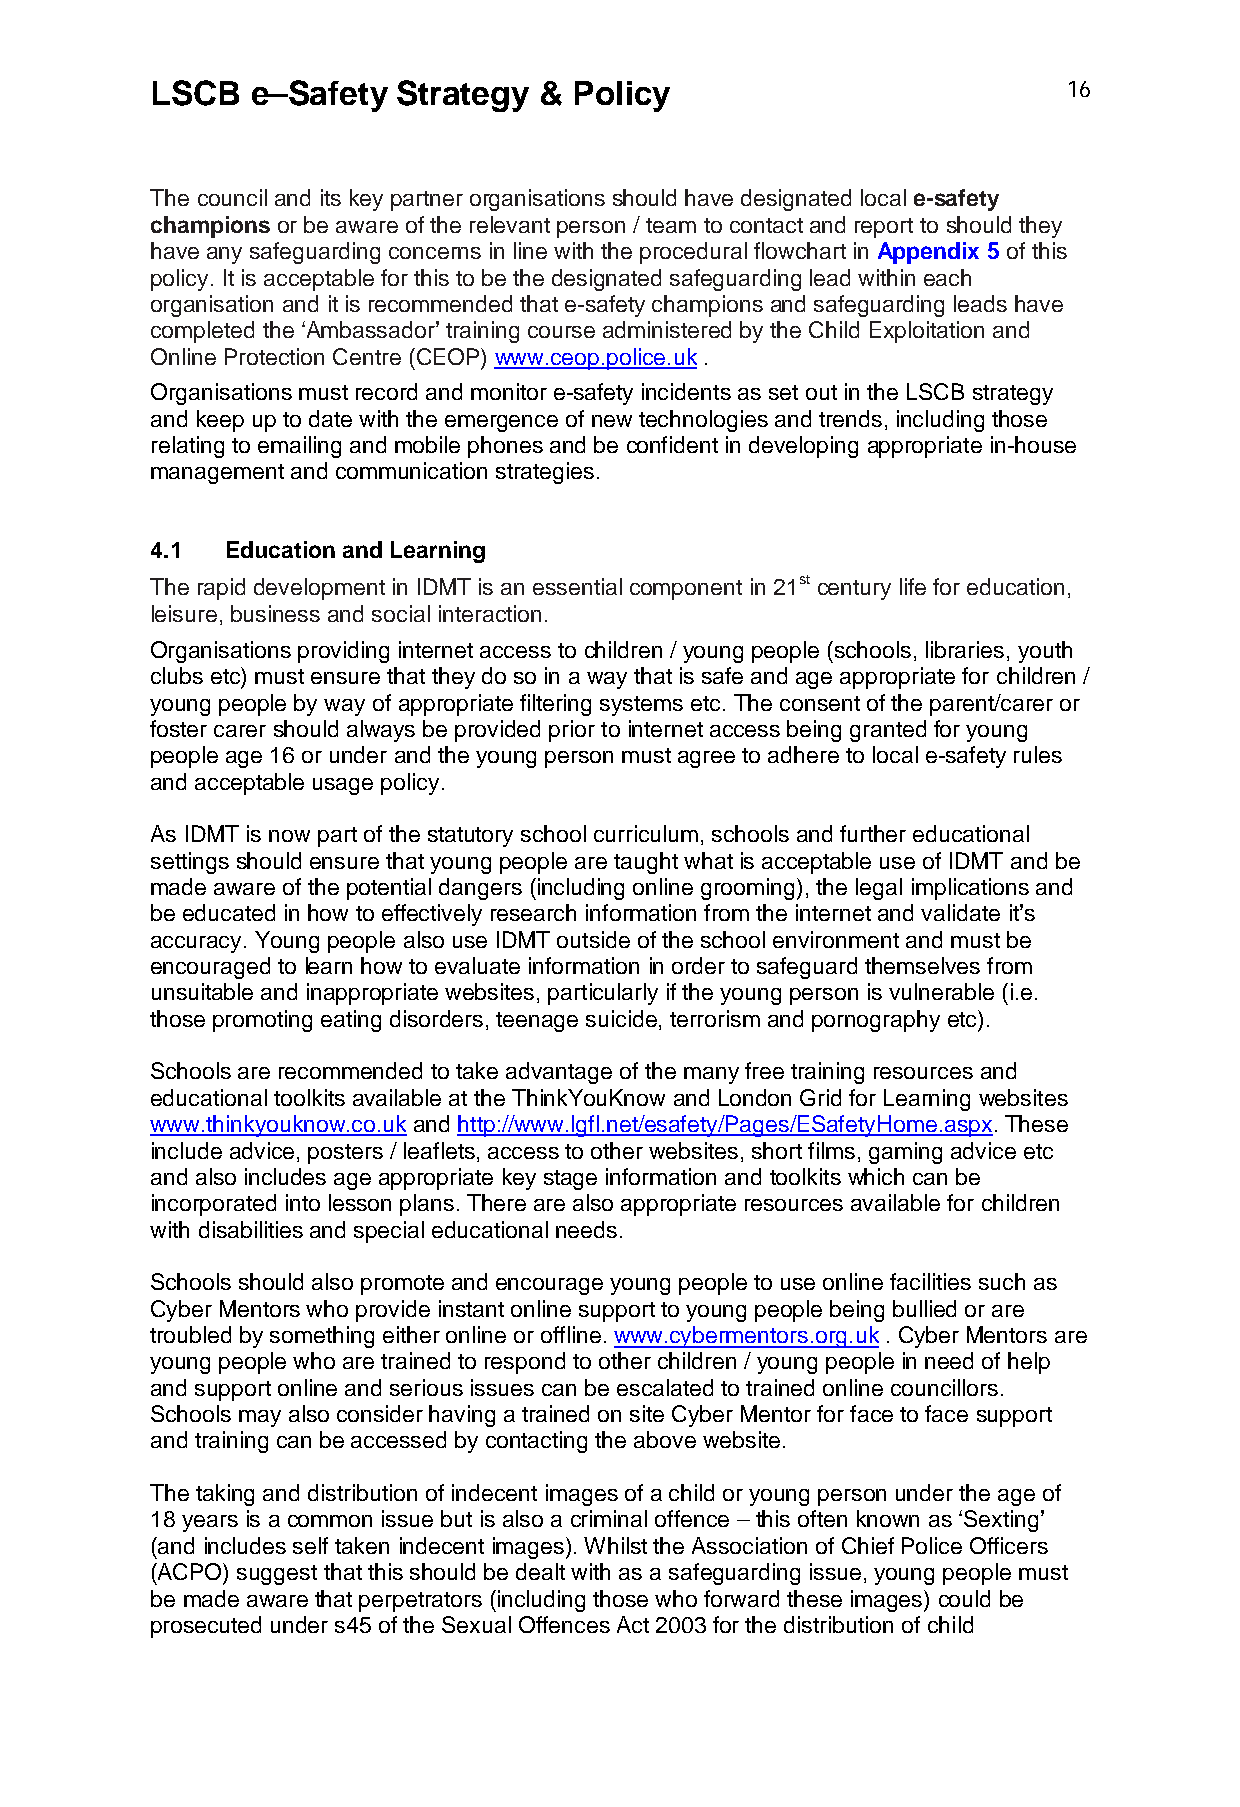
LSCB   e–Safety Strategy  & Policy                           16
 The council and its key partner organisations should have designated local e-safety
 champions or be aware of the relevant person / team to contact and report to should they
 have any safeguarding concerns in line with the procedural flowchart in Appendix 5 of this
 policy. It is acceptable for this to be the designated safeguarding lead within each
 organisation and it is recommended that e-safety champions and safeguarding leads have
 completed the ‘Ambassador’ training course administered by the Child Exploitation and
 Online Protection Centre (CEOP) www.ceop.police.uk .
 Organisations must record and monitor e-safety incidents as set out in the LSCB strategy
 and keep up to date with the emergence of new technologies and trends, including those
 relating to emailing and mobile phones and be confident in developing appropriate in-house
 management and communication strategies.
 4.1  Education and Learning
 The rapid development in IDMT is an essential component in 21st century life for education,
 leisure, business and social interaction.
 Organisations providing internet access to children / young people (schools, libraries, youth
 clubs etc) must ensure that they do so in a way that is safe and age appropriate for children /
 young people by way of appropriate filtering systems etc. The consent of the parent/carer or
 foster carer should always be provided prior to internet access being granted for young
 people age 16 or under and the young person must agree to adhere to local e-safety rules
 and acceptable usage policy.
 As IDMT is now part of the statutory school curriculum, schools and further educational
 settings should ensure that young people are taught what is acceptable use of IDMT and be
 made aware of the potential dangers (including online grooming), the legal implications and
 be educated in how to effectively research information from the internet and validate it’s
 accuracy. Young people also use IDMT outside of the school environment and must be
 encouraged to learn how to evaluate information in order to safeguard themselves from
 unsuitable and inappropriate websites, particularly if the young person is vulnerable (i.e.
 those promoting eating disorders, teenage suicide, terrorism and pornography etc).
 Schools are recommended to take advantage of the many free training resources and
 educational toolkits available at the ThinkYouKnow and London Grid for Learning websites
 www.thinkyouknow.co.uk and http://www.lgfl.net/esafety/Pages/ESafetyHome.aspx. These
 include advice, posters / leaflets, access to other websites, short films, gaming advice etc
 and also includes age appropriate key stage information and toolkits which can be
 incorporated into lesson plans. There are also appropriate resources available for children
 with disabilities and special educational needs.
 Schools should also promote and encourage young people to use online facilities such as
 Cyber Mentors who provide instant online support to young people being bullied or are
 troubled by something either online or offline. www.cybermentors.org.uk . Cyber Mentors are
 young people who are trained to respond to other children / young people in need of help
 and support online and serious issues can be escalated to trained online councillors.
 Schools may also consider having a trained on site Cyber Mentor for face to face support
 and training can be accessed by contacting the above website.
 The taking and distribution of indecent images of a child or young person under the age of
 18 years is a common issue but is also a criminal offence – this often known as ‘Sexting’
 (and includes self taken indecent images). Whilst the Association of Chief Police Officers
 (ACPO) suggest that this should be dealt with as a safeguarding issue, young people must
 be made aware that perpetrators (including those who forward these images) could be
 prosecuted under s45 of the Sexual Offences Act 2003 for the distribution of child